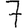
Digit: 7